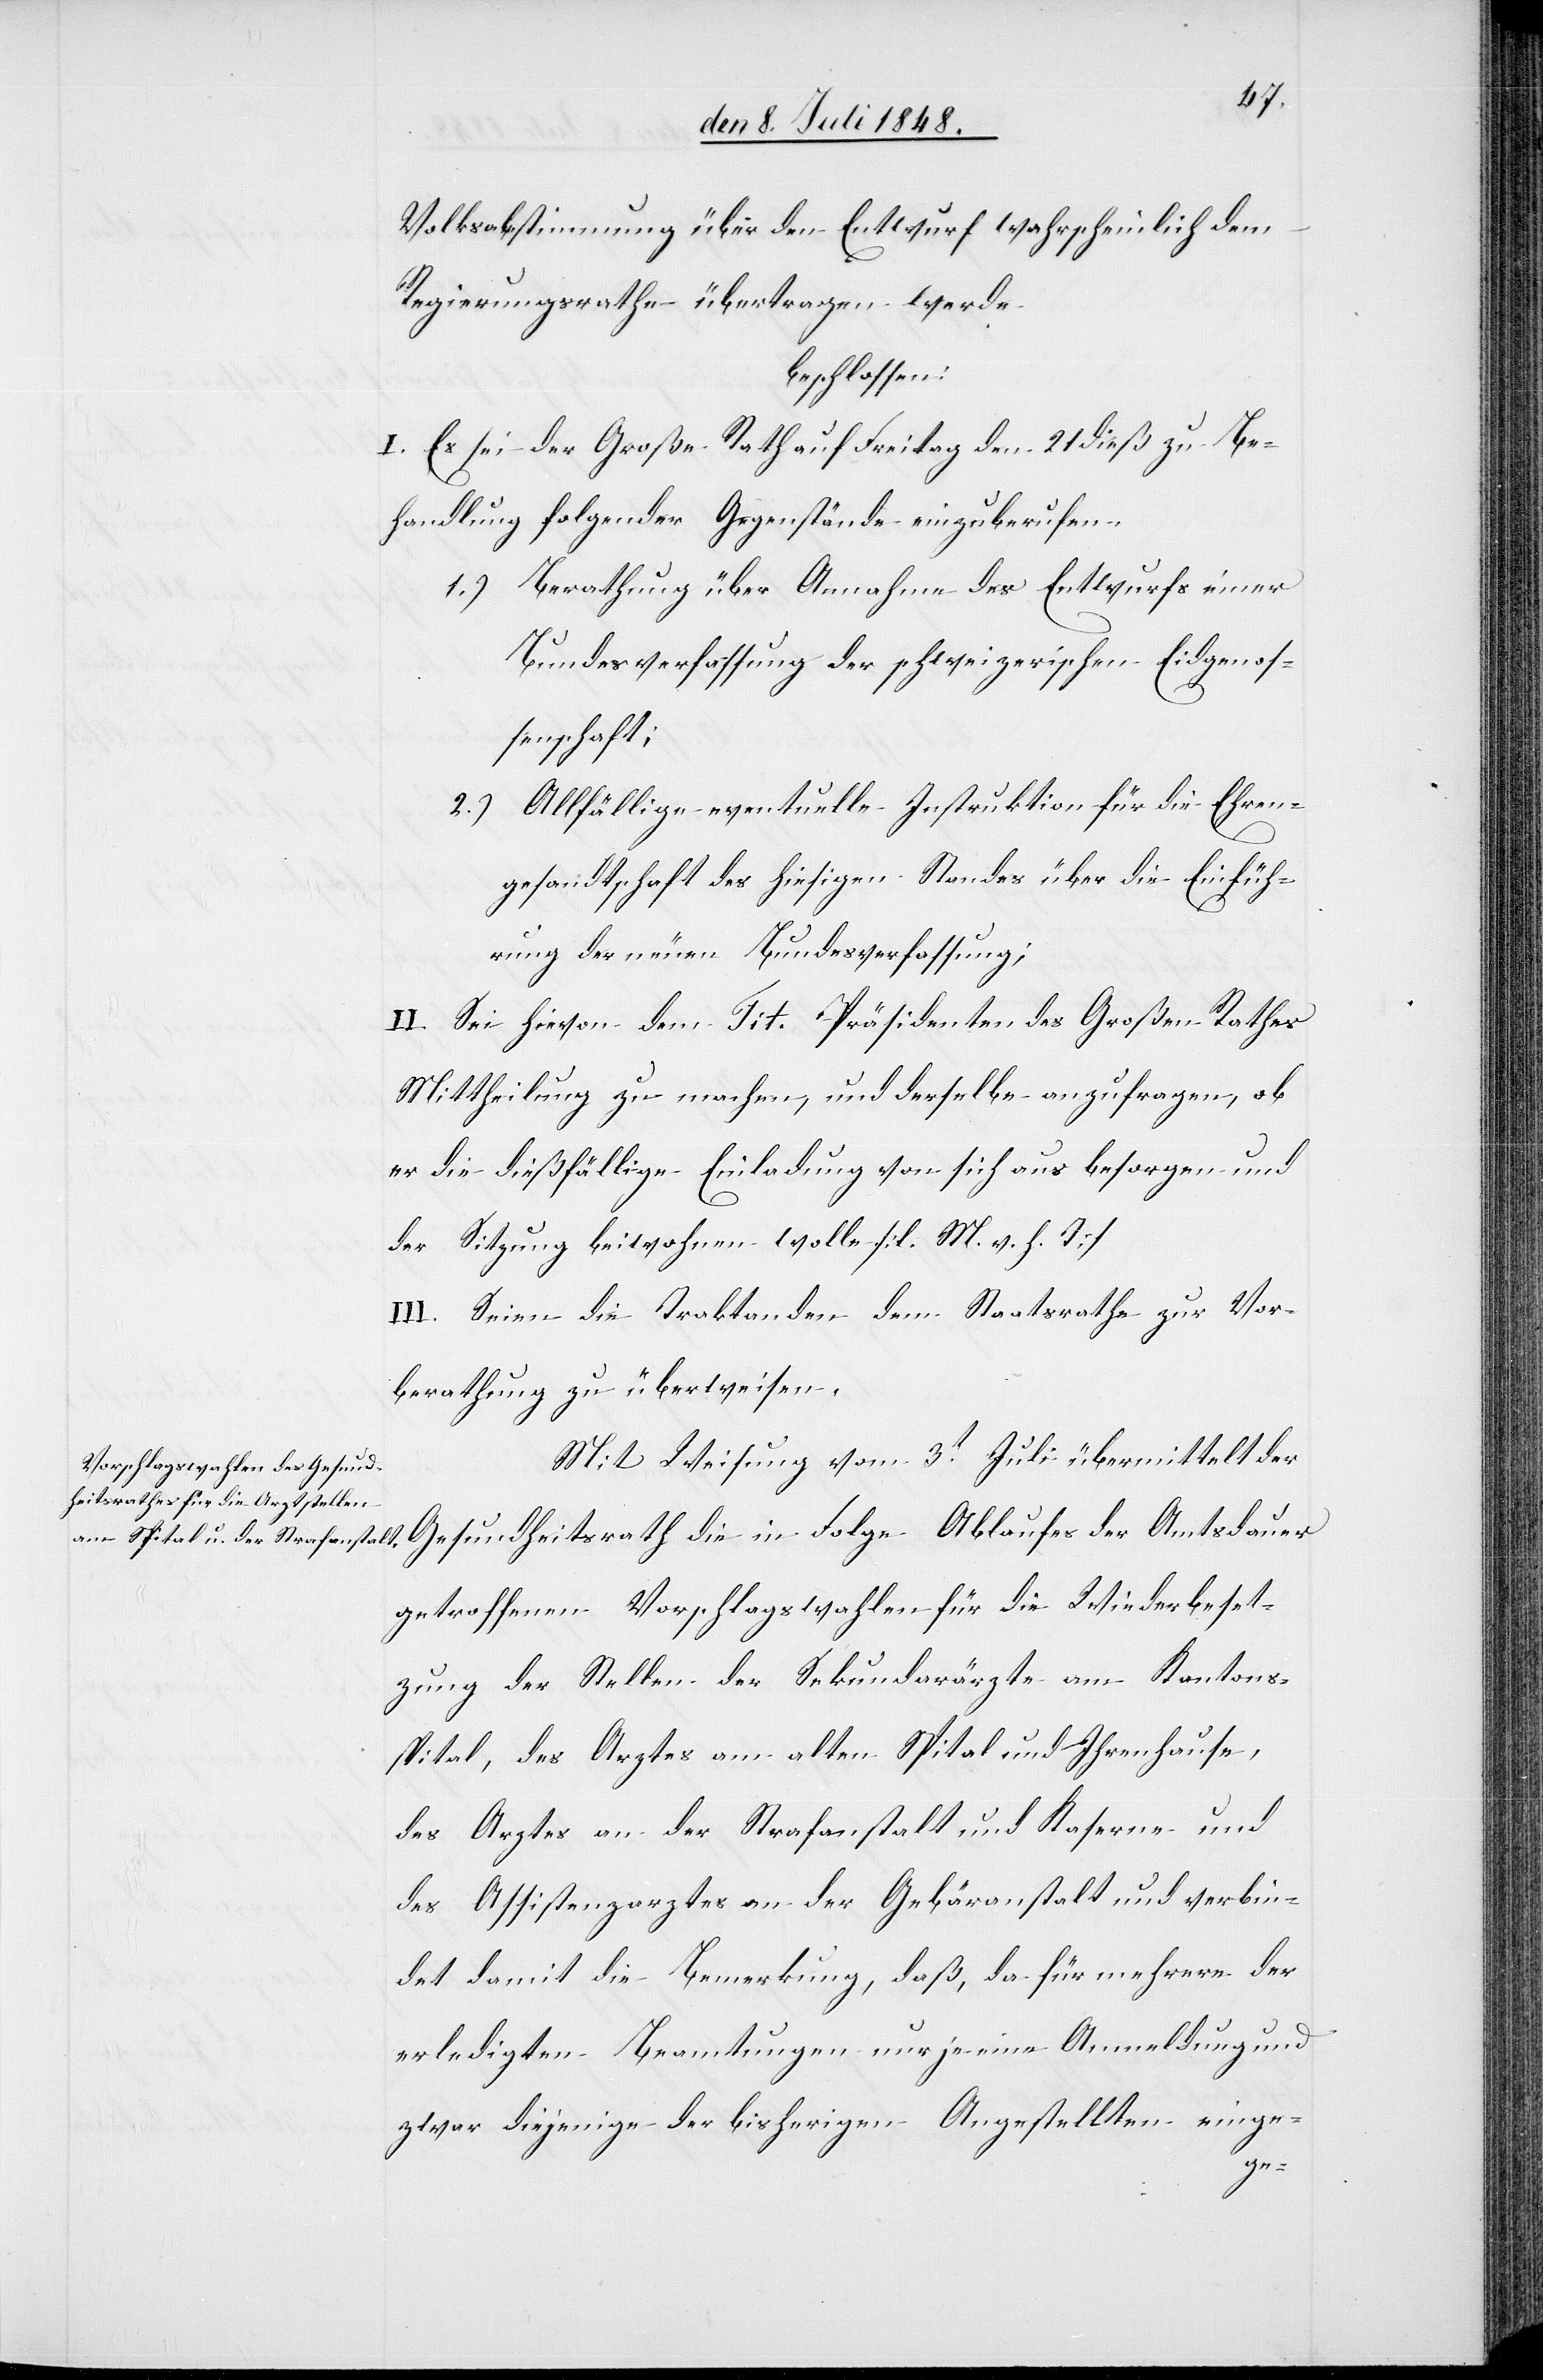
Volksabstimmung über den Entwurf wahrscheinlich dem
Regierungsrathe übertragen werde
beschlossen:
I. Es sei der Große Rath auf Freitag den 21 dieß zu Be¬
handlung folgender Gegenstände einzuberufen.
1.) Berathung über Annahme des Entwurfs einer
Bundesverfassung der schweizerischen Eidgenos¬
senschaft;
2.) Allfällige eventuelle Instruktion für die Ehren¬
gesandtschaft des hiesigen Standes über die Einfüh¬
rung der neuen Bundesverfassung;
II. Sei hievon dem Tit. Präsidenten des Großen Rathes
Mittheilung zu machen, und derselbe anzufragen, ob
er die dießfällige Einladung von sich aus besorgen und
der Sitzung beiwohnen wolle. [l. M. v. h. T]
III. Seien die Traktanden dem Staatsrathe zur Vor¬
berathung zu überweisen.
Mit Weisung vom 3t Juli übermittelt der
getroffenen Vorschlagswahlen für die Wiederbeset¬
zung der Stellen der Sekundarärzte am Kantons¬
spital, des Arztes am alten Spital und Ihrenhause,
des Arztes an der Strafanstalt und Kaserne und
des Assistenzarztes an der Gebäranstalt und verbin¬
det damit die Bemerkung, daß, da für mehrere der
erledigten Beamtungen nur je eine Anmeldung und
zwar diejenige der bisherigen Angestellten einge-
der